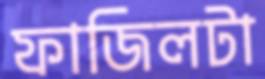
ফাজিলটা